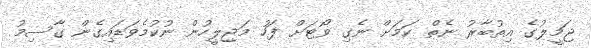
ޖަމީލުގެ އިތުބާރު ނެތް ކަމަށް ނެގި ވޯޓަށް ފަހު މަޖިލީހުން ނުކުމެވަޑައިގެން ގާސިމު